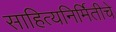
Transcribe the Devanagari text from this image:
साहित्यनिर्मितीचे